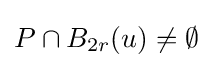
P\cap B_{2r}(u)\neq \emptyset